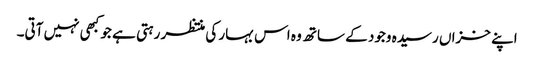
اپنے خزاں رسیدہ وجود کے ساتھ وہ اس بہار کی منتظر رہتی ہے جو کبھی نہیں آتی۔